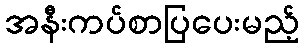
အနီးကပ်စာပြပေးမည့်